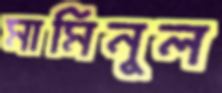
মামিনুল